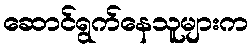
ဆောင်ရွက်နေသူများက